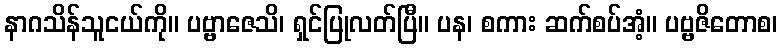
နာဂသိန်သူငယ်ကို။ ပဗ္ဗာဇေသိ၊ ရှင်ပြုလတ်ပြီ။ ပန၊ စကား ဆက်စပ်အံ့။ ပဗ္ဗဇိတောစ၊